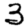
Digit: 3